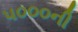
૫૦૦૦ની